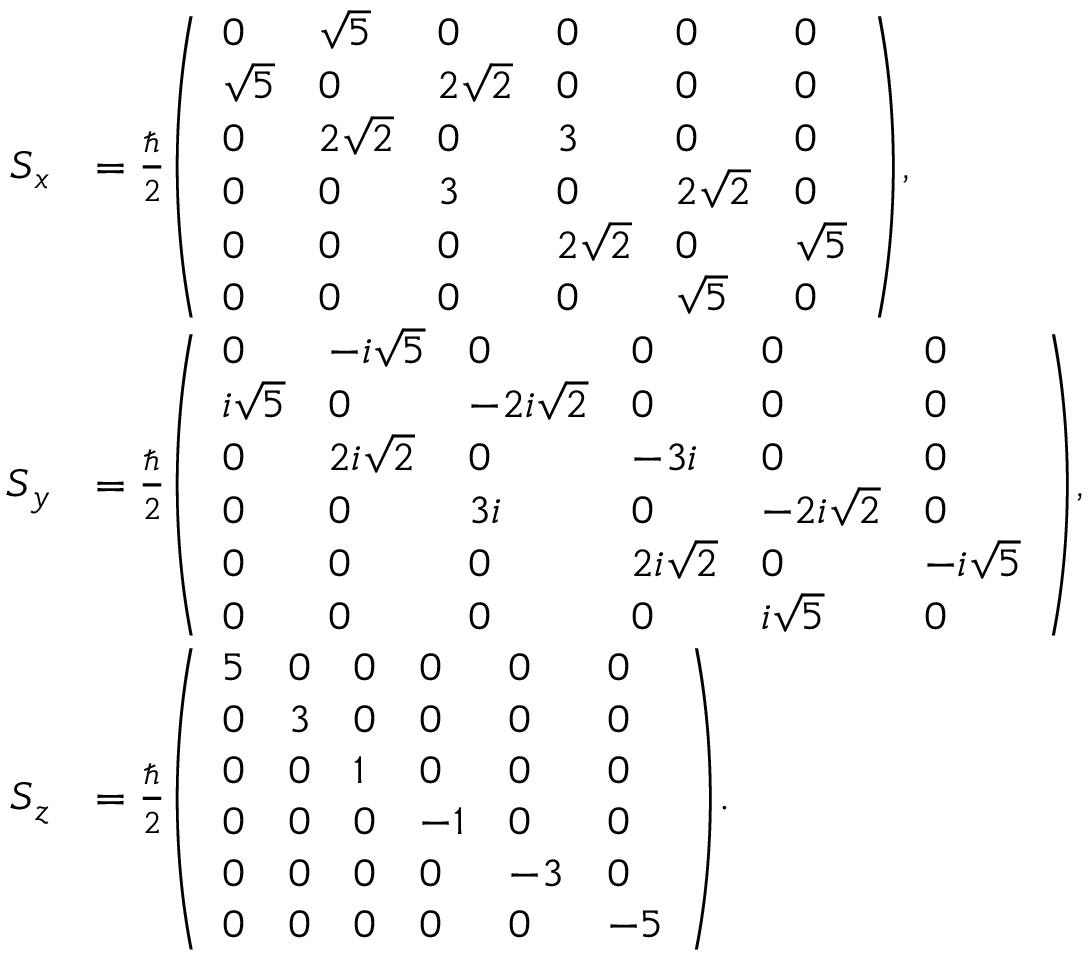
{ \begin{array} { r l } { { \boldsymbol { S } } _ { x } } & { = { \frac { \hbar } { 2 } } { \left( \begin{array} { l l l l l l } { 0 } & { { \sqrt { 5 } } } & { 0 } & { 0 } & { 0 } & { 0 } \\ { { \sqrt { 5 } } } & { 0 } & { 2 { \sqrt { 2 } } } & { 0 } & { 0 } & { 0 } \\ { 0 } & { 2 { \sqrt { 2 } } } & { 0 } & { 3 } & { 0 } & { 0 } \\ { 0 } & { 0 } & { 3 } & { 0 } & { 2 { \sqrt { 2 } } } & { 0 } \\ { 0 } & { 0 } & { 0 } & { 2 { \sqrt { 2 } } } & { 0 } & { { \sqrt { 5 } } } \\ { 0 } & { 0 } & { 0 } & { 0 } & { { \sqrt { 5 } } } & { 0 } \end{array} \right) } , } \\ { { \boldsymbol { S } } _ { y } } & { = { \frac { \hbar } { 2 } } { \left( \begin{array} { l l l l l l } { 0 } & { - i { \sqrt { 5 } } } & { 0 } & { 0 } & { 0 } & { 0 } \\ { i { \sqrt { 5 } } } & { 0 } & { - 2 i { \sqrt { 2 } } } & { 0 } & { 0 } & { 0 } \\ { 0 } & { 2 i { \sqrt { 2 } } } & { 0 } & { - 3 i } & { 0 } & { 0 } \\ { 0 } & { 0 } & { 3 i } & { 0 } & { - 2 i { \sqrt { 2 } } } & { 0 } \\ { 0 } & { 0 } & { 0 } & { 2 i { \sqrt { 2 } } } & { 0 } & { - i { \sqrt { 5 } } } \\ { 0 } & { 0 } & { 0 } & { 0 } & { i { \sqrt { 5 } } } & { 0 } \end{array} \right) } , } \\ { { \boldsymbol { S } } _ { z } } & { = { \frac { \hbar } { 2 } } { \left( \begin{array} { l l l l l l } { 5 } & { 0 } & { 0 } & { 0 } & { 0 } & { 0 } \\ { 0 } & { 3 } & { 0 } & { 0 } & { 0 } & { 0 } \\ { 0 } & { 0 } & { 1 } & { 0 } & { 0 } & { 0 } \\ { 0 } & { 0 } & { 0 } & { - 1 } & { 0 } & { 0 } \\ { 0 } & { 0 } & { 0 } & { 0 } & { - 3 } & { 0 } \\ { 0 } & { 0 } & { 0 } & { 0 } & { 0 } & { - 5 } \end{array} \right) } . } \end{array} }